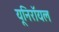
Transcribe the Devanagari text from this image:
यूनिरॉयल